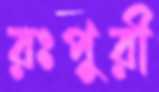
রঃপুরী